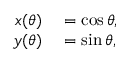
\begin{array} { r l } { x ( \theta ) } & { { } = \cos \theta , } \\ { y ( \theta ) } & { { } = \sin \theta , } \end{array}